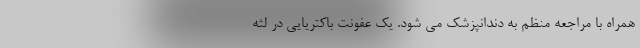
همراه با مراجعه منظم به دندانپزشک می شود. یک عفونت باکتریایی در لثه